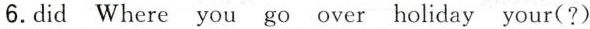
6.did Where you go over holiday your(?)